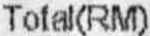
TOTAL(RM)